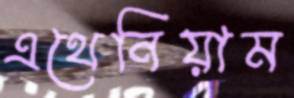
এথেনিয়াম